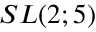
S L ( 2 ; 5 )